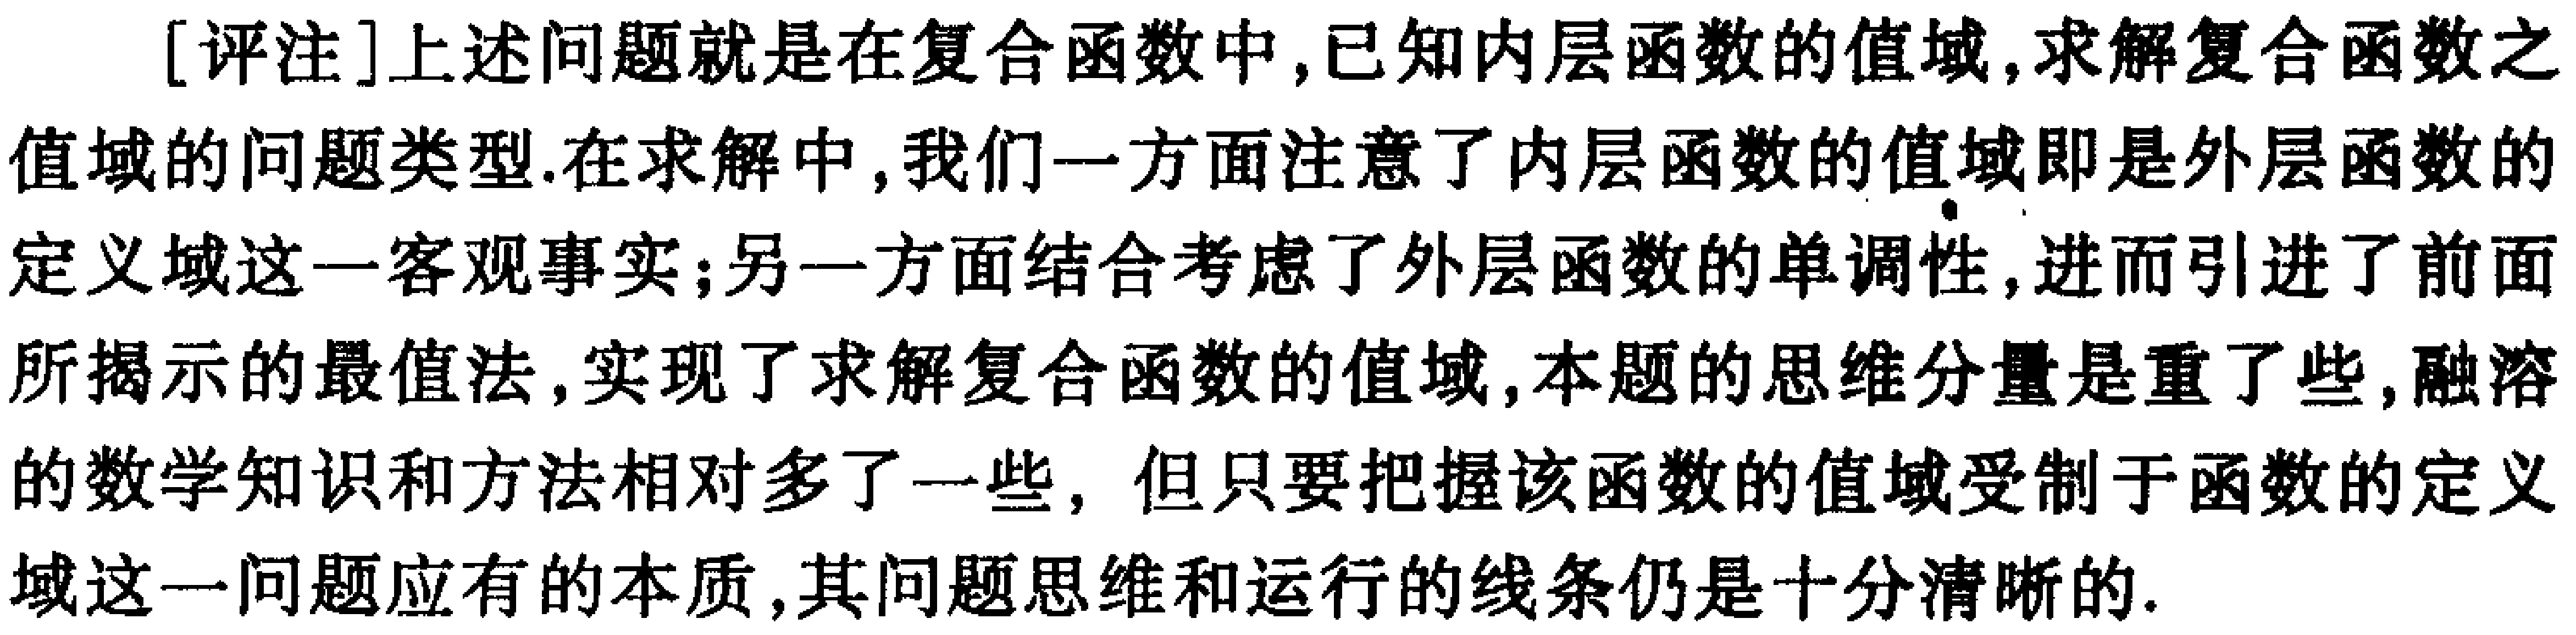
[评注]上述问题就是在复合函数中,已知内层函数的值域,求解复合函数之值域的问题类型.在求解中,我们一方面注意了内层函数的值域即是外层函数的定义域这一客观事实;另一方面结合考虑了外层函数的单调性,进而引进了前面所揭示的最值法,实现了求解复合函数的值域,本题的思维分量是重了些,融溶的数学知识和方法相对多了一些，但只要把握该函数的值域受制于函数的定义域这一问题应有的本质,其问题思维和运行的线条仍是十分清晰的.